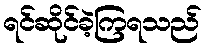
ရင်ဆိုင်ခဲ့ကြရသည်